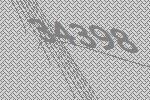
34398